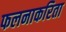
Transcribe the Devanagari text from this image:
फलनाकरिता